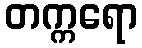
တက္ကရော